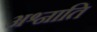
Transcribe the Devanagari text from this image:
अश्नाति